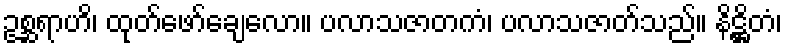
ဥစ္ဆရာဟိ၊ ထုတ်ဖော်ချေလော။ ပလာသဇာတကံ၊ ပလာသဇာတ်သည်။ နိဋ္ဌိတံ၊